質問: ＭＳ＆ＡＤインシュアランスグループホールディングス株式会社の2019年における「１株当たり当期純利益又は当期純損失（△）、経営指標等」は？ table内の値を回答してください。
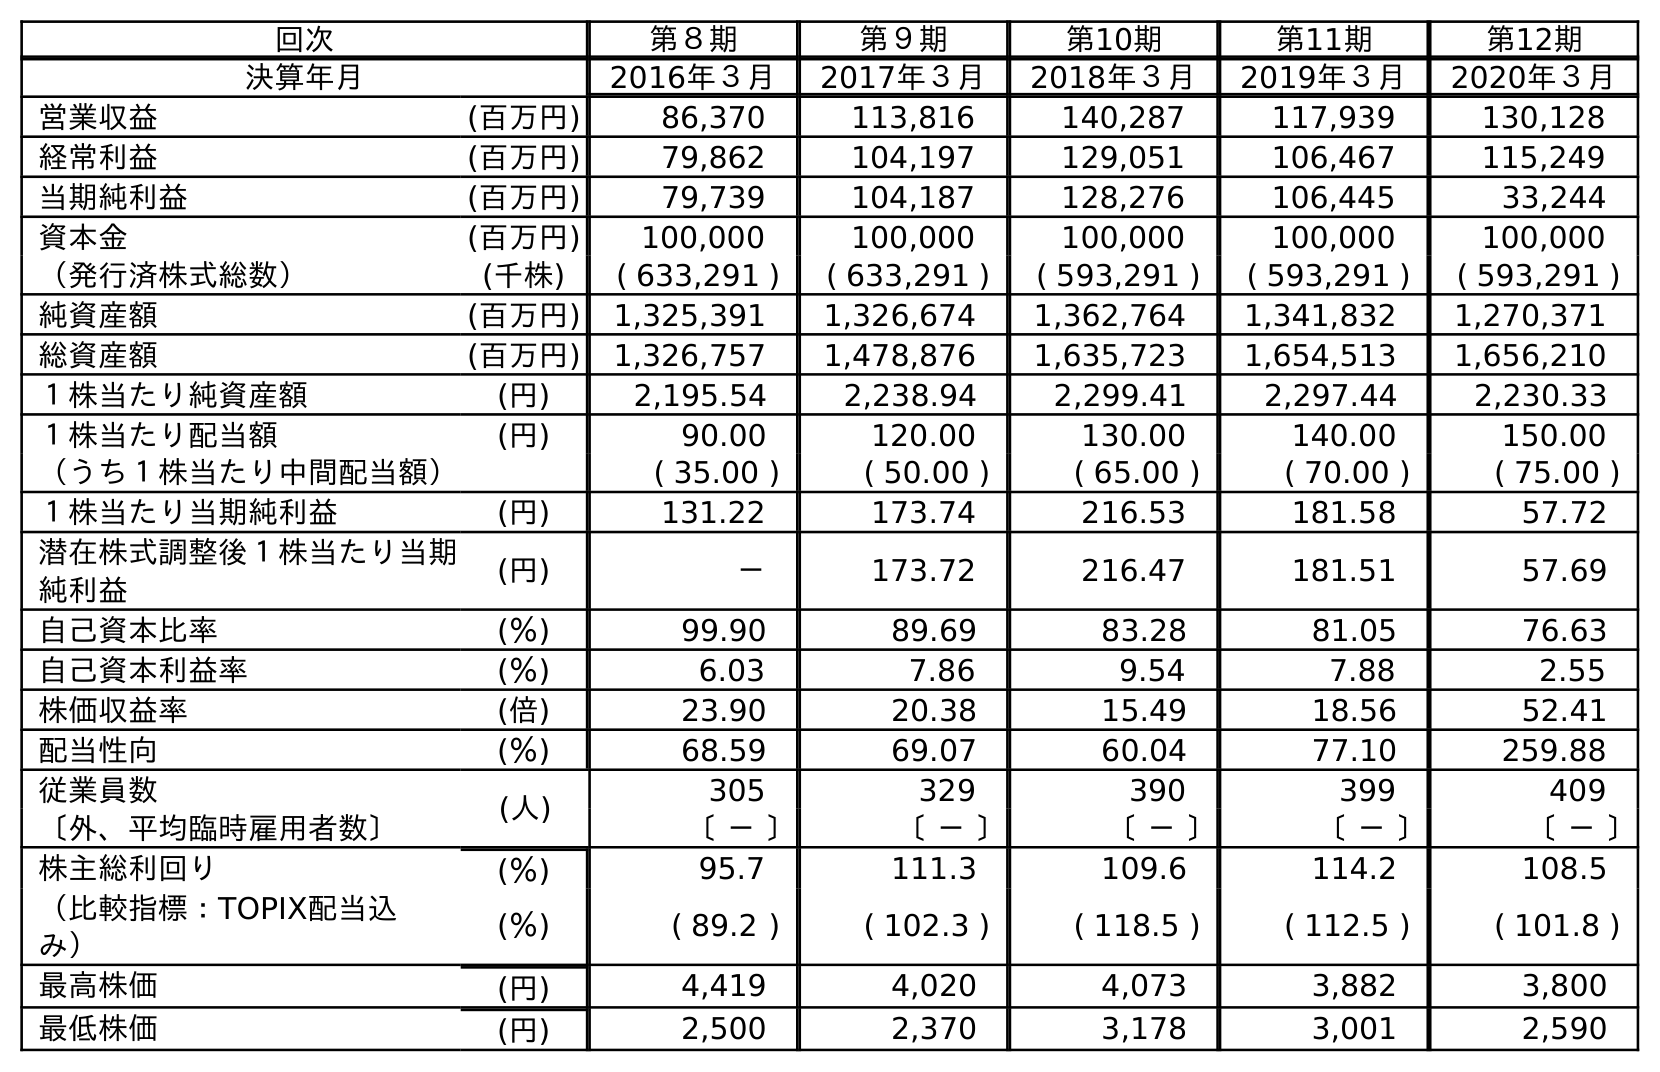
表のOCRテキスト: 回次 第８期 第９期 第10期 第11期 第12期 決算年月 2016年３月 2017年３月 2018年３月 2019年３月 2020年３月 営業収益 (百万円) 86,370 113,816 140,287 117,939 130,128 経常利益 (百万円) 79,862 104,197 129,051 106,467 115,249 当期純利益 (百万円) 79,739 104,187 128,276 106,445 33,244 資本金 (百万円) 100,000 100,000 100,000 100,000 100,000 （発行済株式総数） (千株) ( 633,291 ) ( 633,291 ) ( 593,291 ) ( 593,291 ) ( 593,291 ) 純資産額 (百万円) 1,325,391 1,326,674 1,362,764 1,341,832 1,270,371 総資産額 (百万円) 1,326,757 1,478,876 1,635,723 1,654,513 1,656,210 １株当たり純資産額 (円) 2,195.54 2,238.94 2,299.41 2,297.44 2,230.33 １株当たり配当額 (円) 90.00 120.00 130.00 140.00 150.00 （うち１株当たり中間配当額） ( 35.00 ) ( 50.00 ) ( 65.00 ) ( 70.00 ) ( 75.00 ) １株当たり当期純利益 (円) 131.22 173.74 216.53 181.58 57.72 潜在株式調整後１株当たり当期 純利益 (円) － 173.72 216.47 181.51 57.69 自己資本比率 (％) 99.90 89.69 83.28 81.05 76.63 自己資本利益率 (％) 6.03 7.86 9.54 7.88 2.55 株価収益率 (倍) 23.90 20.38 15.49 18.56 52.41 配当性向 (％) 68.59 69.07 60.04 77.10 259.88 従業員数 (人) 305 329 390 399 409 〔外、平均臨時雇用者数〕 〔 － 〕 〔 － 〕 〔 － 〕 〔 － 〕 〔 － 〕 株主総利回り (％) 95.7 111.3 109.6 114.2 108.5 （比較指標：TOPIX配当込 み） (％) ( 89.2 ) ( 102.3 ) ( 118.5 ) ( 112.5 ) ( 101.8 ) 最高株価 (円) 4,419 4,020 4,073 3,882 3,800 最低株価 (円) 2,500 2,370 3,178 3,001 2,590
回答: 181.58